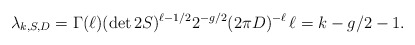
\begin{align*} \lambda_{k,S,D}= \Gamma(\ell)(\det 2S)^{\ell-1/2} 2^{-g/2}(2\pi D)^{-\ell} \, \ell=k-g/2-1.\end{align*}